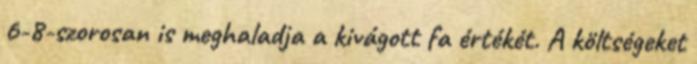
6-8-szorosan is meghaladja a kivágott fa értékét. A költségeket